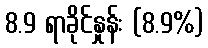
8.9 ရာခိုင်နှုန်း (8.9%)